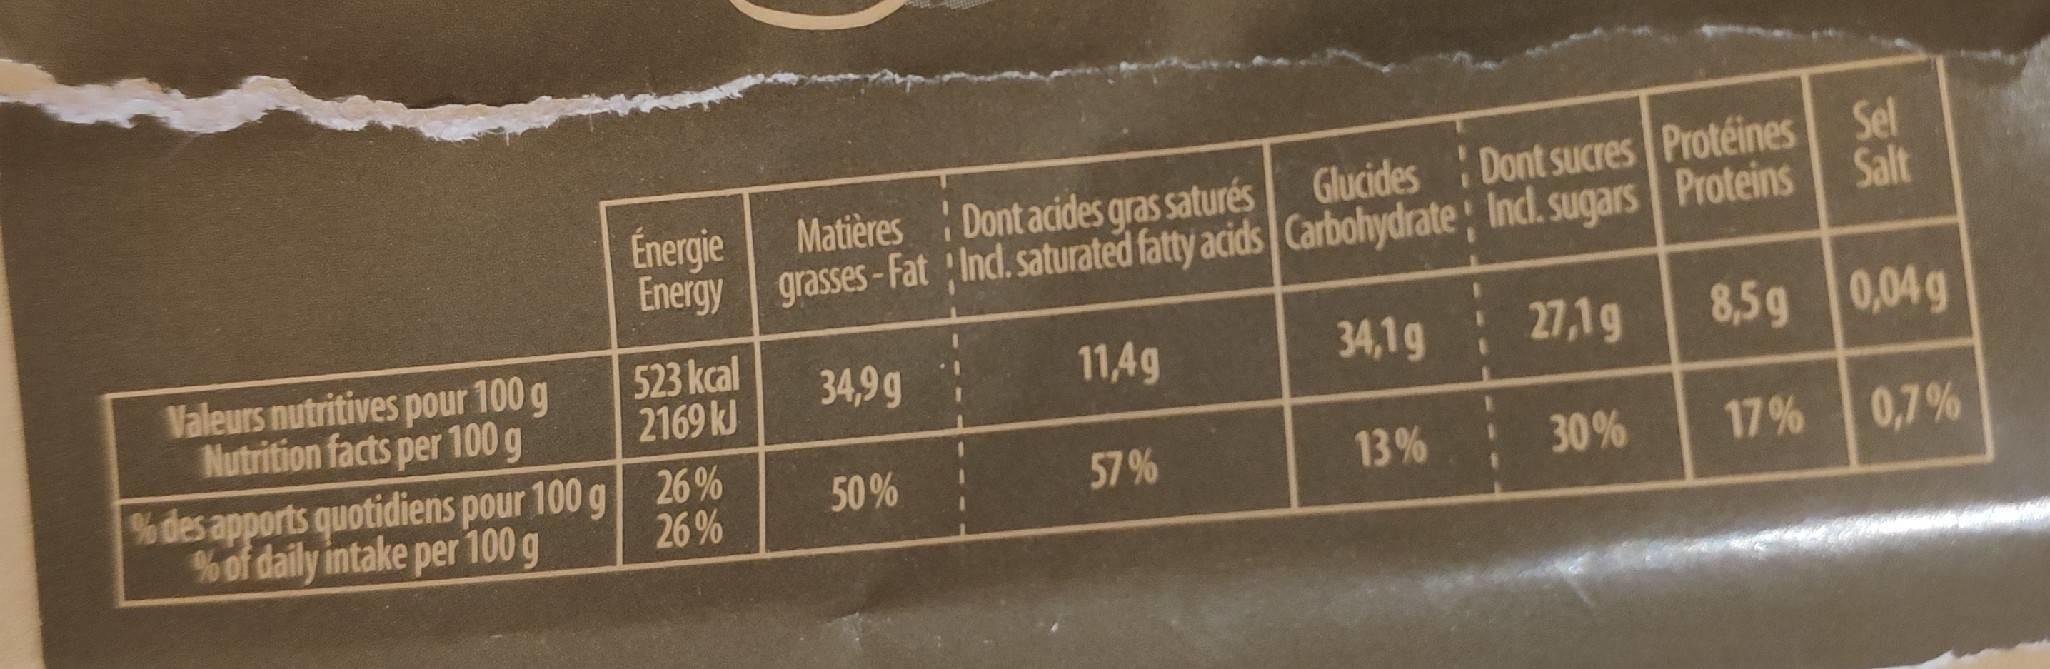
Glucides Dont sucres Protéines Sel Energy grasses-Fat Ind. saturated fatty acids Carbohydrate: Inc. sugars Proteins Salt Dont acides gras saturés Énergie Matières 0,04 g 523 kcal 2169 kJ 8,5g 27,1g Valeurs nutritives pour 100 g Nutrition facts per 100 g 34,1g 11,4g 34,9g % des apports quotidiens pour 100 g 26% 26 % 0,7% 17% 13% 30% 57 % 50% % of daily intake per 100 g